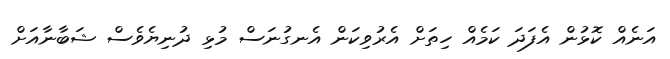
އަނެއް ކޮޅުން އެފަދަ ކަމެއް ހިތަށް އެރުވިކަން އެނގުނަސް މުޅި ދުނިޔެވެސް ޝަބާނާއަށް